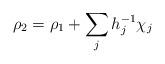
LaTeX: \begin{align*}\rho_2 = \rho_1 +\sum_j h_j^{-1}\chi_j\end{align*}